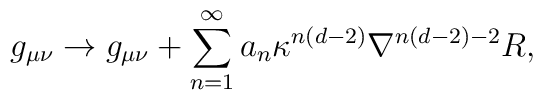
g_{\mu \nu }\rightarrow g_{\mu \nu }+\sum_{n=1}^{\infty }a_{n}\kappa^{n(d-2)}\nabla ^{n(d-2)-2}R,